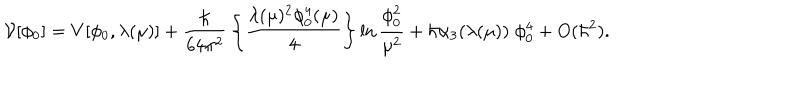
LaTeX: { \cal V } [ \phi _ { 0 } ] = V [ \phi _ { 0 } , \lambda ( \mu ) ] + { \frac { \hbar } { 6 4 \pi ^ { 2 } } } \left\{ { \frac { \lambda ( \mu ) ^ { 2 } \phi _ { 0 } ^ { 4 } ( \mu ) } { 4 } } \right\} \ln { \frac { \phi _ { 0 } ^ { 2 } } { \mu ^ { 2 } } } + \hbar \alpha _ { 3 } ( \lambda ( \mu ) ) \; \phi _ { 0 } ^ { 4 } + O ( \hbar ^ { 2 } ) .